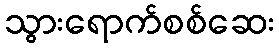
သွားရောက်စစ်ဆေး